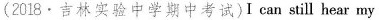
(2018.吉林实验中学期中考试)Ican still hear my